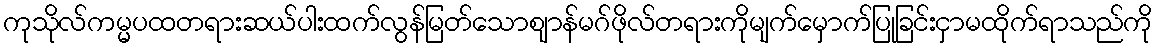
ကုသိုလ်ကမ္မပထတရားဆယ်ပါးထက်လွန်မြတ်သောဈာန်မဂ်ဖိုလ်တရားကိုမျက်မှောက်ပြုခြင်းငှာမထိုက်ရာသည်ကို